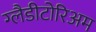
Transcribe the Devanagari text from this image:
ग्लैडीटोरिअम